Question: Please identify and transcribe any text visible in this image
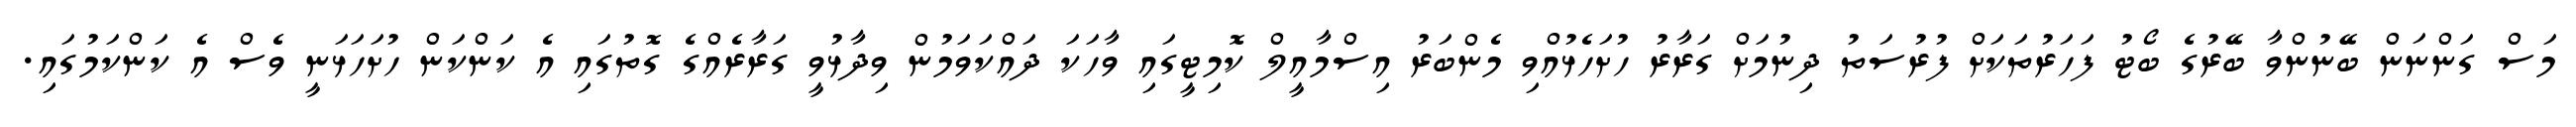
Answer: މަސް ގަންނަން ބޭނުންވާ ބޭރުގެ ބޯޓު ފަހަރުތަކަށް ފުރުސަތު ދިނުމަށް ގަރާރު ހުށަހެޅުއްވި މެންބަރު އިސްމާއީލް ކޮމިޓީގައި ވާހަކަ ދައްކަވަމުން ވިދާޅުވީ ގަރާރެއްގެ ގޮތުގައި އެ ކަންކަން ހުށަހަޅަނީ ވެސް އެ ކަންކަމުގައި.